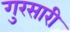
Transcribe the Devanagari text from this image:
गुरसारी